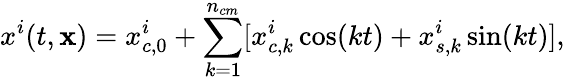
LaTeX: x^{i}(t,\mathbf{x})=x_{c,0}^{i}+\sum_{k=1}^{{n_{cm}}}[x_{c,k}^{i}\cos(kt)+x_{s,k}^{i}\sin(kt)],